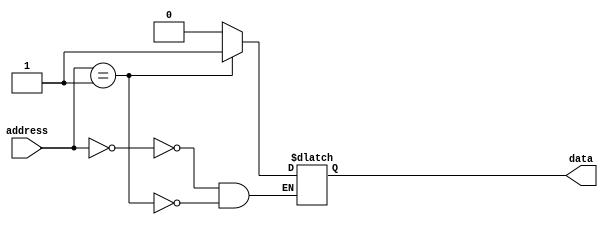
module FuseROM(
    input [7:0] address,
    output reg data
);

always @(*) begin
    case(address)
        8'h00: data = 1'b0; // fuse blown
        8'h01: data = 1'b1; // intact fuse
        // add more cases for additional address values
    endcase
end

endmodule